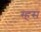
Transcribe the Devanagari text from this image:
स्हस